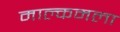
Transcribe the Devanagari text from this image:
माल्कमला